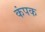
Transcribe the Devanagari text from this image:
कंपक